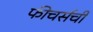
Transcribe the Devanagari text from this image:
फीचर्सची